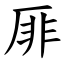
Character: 厞